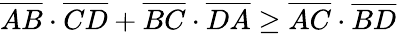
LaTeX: {\overline{{AB}}}\cdot{\overline{{CD}}}+{\overline{{BC}}}\cdot{\overline{{DA}}}\geq{\overline{{AC}}}\cdot{\overline{{BD}}}